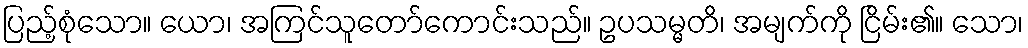
ပြည့်စုံသော။ ယော၊ အကြင်သူတော်ကောင်းသည်။ ဥပသမ္မတိ၊ အမျက်ကို ငြိမ်း၏။ သော၊